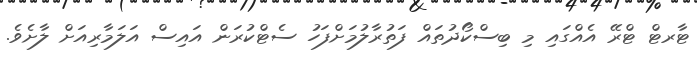
ޓާރޓް ޓްރޭ އެއްގައި މި ބިސްކޯދުތައް ފަތުރާލުމަށްފަހު ސެޓްކުރަން އައިސް އަލަމާރިއަށް ލާށެވެ.